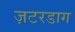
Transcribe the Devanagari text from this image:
ज़टरडाग